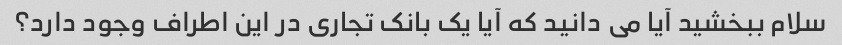
سلام ببخشید آیا می دانید که آیا یک بانک تجاری در این اطراف وجود دارد؟